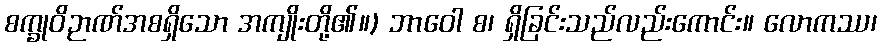
စက္ခုဝိဉာဏ်အစရှိသော အကျိုးတို့၏။) ဘာဝေါ စ၊ ရှိခြင်းသည်လည်းကောင်း။ လောကဿ၊